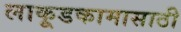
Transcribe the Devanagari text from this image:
लाकूडकामासाठी